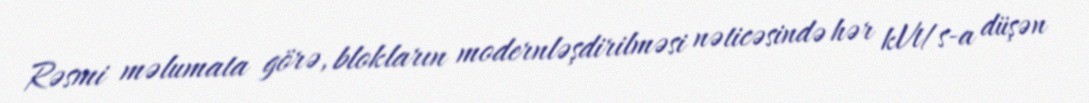
Rəsmi məlumata görə, blokların modernləşdirilməsi nəticəsində hər kVt/s-a düşən